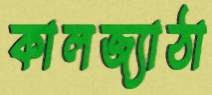
কালজ্যাঠা